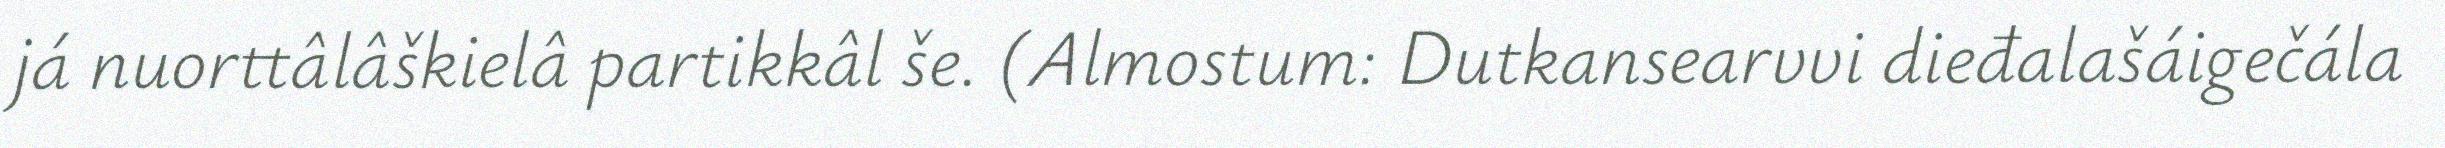
já nuorttâlâškielâ partikkâl še. (Almostum: Dutkansearvvi dieđalašáigečála